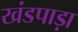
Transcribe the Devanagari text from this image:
खंडपाड़ा